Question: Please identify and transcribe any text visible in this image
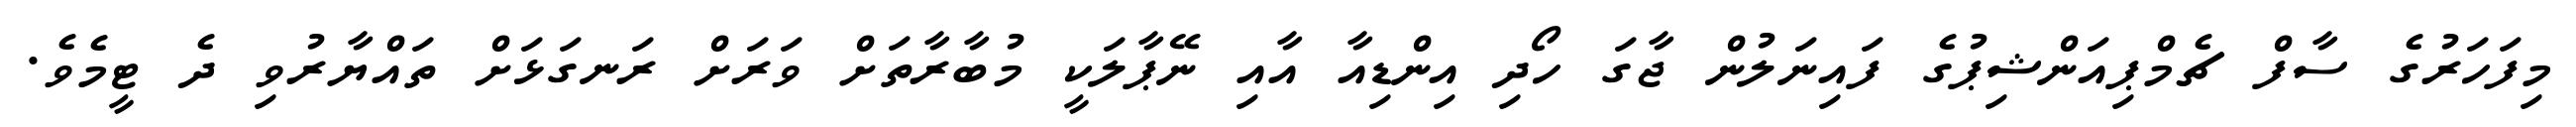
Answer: މިފަހަރުގެ ސާފް ޗެމްޕިއަންޝިޕުގެ ފައިނަލުން ޖާގަ ހޯދި އިންޑިއާ އާއި ނޭޕާލަކީ މުބާރާތަށް ވަރަށް ރަނގަޅަށް ތައްޔާރުވި ދެ ޓީމެވެ.